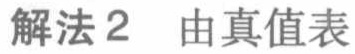
解法2 由真值表